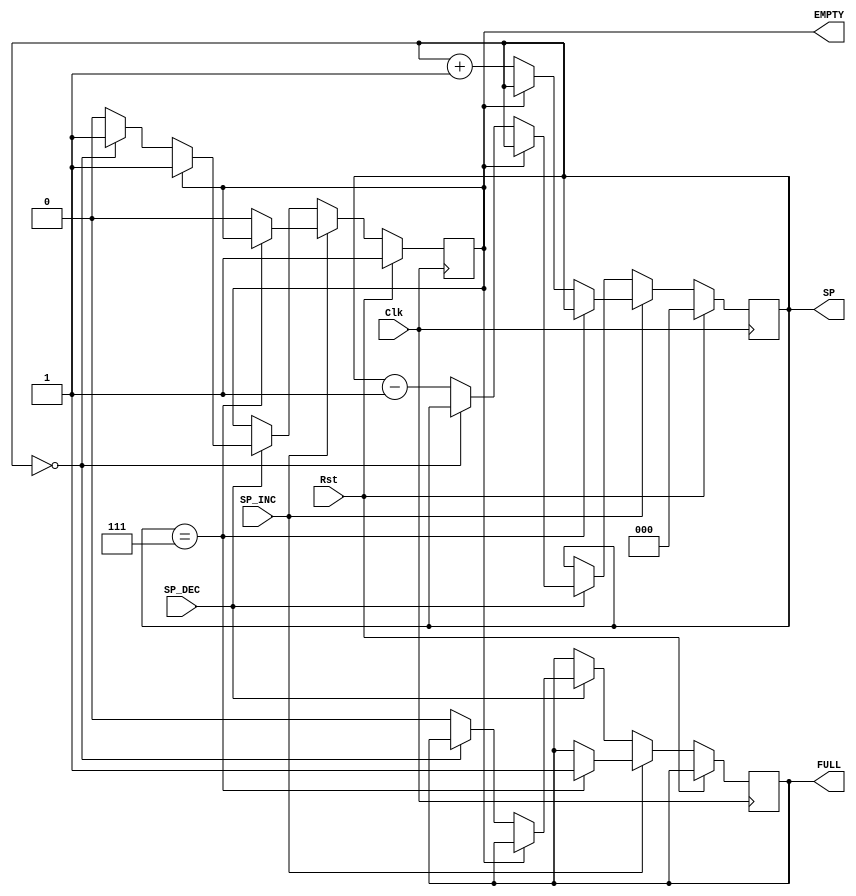
module stack(Clk, Rst, SP, SP_INC, SP_DEC, FULL, EMPTY);

  input Clk, Rst, SP_INC, SP_DEC;
  output reg FULL = 0, EMPTY = 1;
  output reg [2:0] SP;

  always@(negedge Clk)begin
    if(Rst==1)begin
      SP <= 3'b000;
      EMPTY <= 1;
    end
    else begin
      //controller to increment or dec the controller
      if(SP_INC==1)begin
        if(SP == 3'b111)
          FULL<=1;
        else if(EMPTY==1)
          EMPTY<=0;
        else
          SP<=SP+1;
      end
      else if(SP_DEC==1)begin
        if(EMPTY==1)
          EMPTY<=1;
        else if(SP == 3'b000)begin
          EMPTY <= 1;
        end
        else begin
          FULL<=0;
          SP<=SP-1;
        end
      end
        
          
    end
  
  end
  
  
endmodule